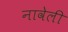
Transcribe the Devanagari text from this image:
नावेली